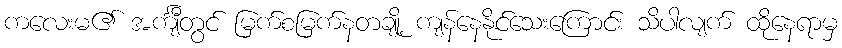
ကလေးမ၏ အင်္ကျီတွင် မြက်စမြက်နတချို့ ကျန်နေနိုင်သေးကြောင်း သိပါလျက် ထိုနေရာမှ